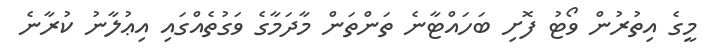
މީގެ އިތުރުން ވޯޓު ފޮށި ބަހައްޓާނެ ތަންތަން މާދަމާގެ ވަގުތެއްގައި އިޢުލާނު ކުރާނެ